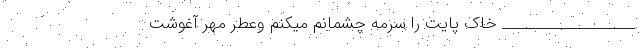
___________________ خاک پایت را سرمه چشمانم میکنم وعطر مهر آغوشت